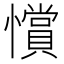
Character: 𢤗